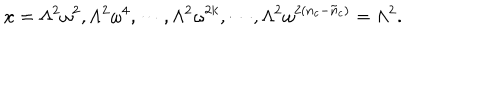
x = \Lambda ^ { 2 } \omega ^ { 2 } , \Lambda ^ { 2 } \omega ^ { 4 } , \cdots , \Lambda ^ { 2 } \omega ^ { 2 k } , \cdots , \Lambda ^ { 2 } \omega ^ { 2 ( n _ { c } - \tilde { n } _ { c } ) } = \Lambda ^ { 2 } .